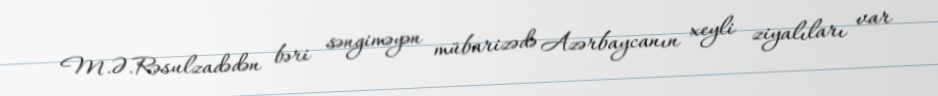
M.Ə.Rəsulzadədən bəri səngiməyən mübarizədə Azərbaycanın xeyli ziyalıları var